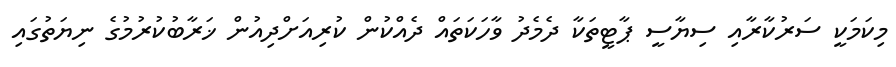
މިކަމަކީ ސަރުކާރާއި ސިޔާސީ ޕާޓީތަކާ ދެމެދު ވާހަކަތައް ދެއްކުން ކުރިއަށްދިއުން ޚަރާބުކުރުމުގެ ނިޔަތުގައި